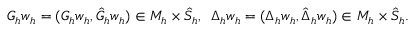
\begin{array} { r } { \boldsymbol { G } _ { h } \boldsymbol { w } _ { h } = ( G _ { h } \boldsymbol { w } _ { h } , \hat { G } _ { h } \boldsymbol { w } _ { h } ) \in M _ { h } \times \hat { S } _ { h } , \, \, \, \boldsymbol { \Delta } _ { h } \boldsymbol { w } _ { h } = ( \Delta _ { h } \boldsymbol { w } _ { h } , \hat { \Delta } _ { h } \boldsymbol { w } _ { h } ) \in M _ { h } \times \hat { S } _ { h } . } \end{array}